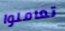
تعاملوا